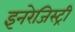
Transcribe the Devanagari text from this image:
इनरेजिस्ट्री